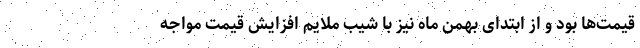
قیمت‌ها بود و از ابتدای بهمن ماه نیز با شیب ملایم افزایش قیمت مواجه